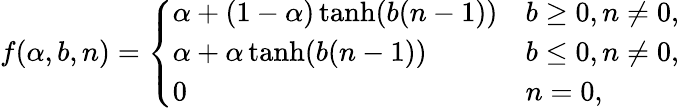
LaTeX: f(\alpha,b,n)=\left\{ \begin{array}{ll}{\alpha+(1-\alpha)\operatorname{tanh}(b(n-1))}&{b\geq 0,n\neq 0,}\\ {\alpha+\alpha\operatorname{tanh}(b(n-1))}&{b\leq 0,n\neq 0,}\\ {0}&{n=0,}\end{array}\right.